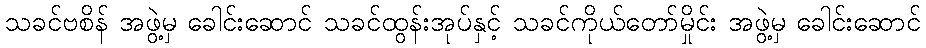
သခင်ဗစိန် အဖွဲ့မှ ခေါင်းဆောင် သခင်ထွန်းအုပ်နှင့် သခင်ကိုယ်တော်မှိုင်း အဖွဲ့မှ ခေါင်းဆောင်